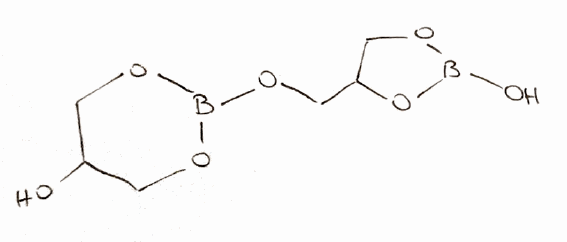
Simplified molecular-input line-entry system (SMILES) notation of the given molecule:
B1(OCC(O1)COB2OCC(CO2)O)O